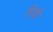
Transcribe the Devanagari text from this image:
पिदी